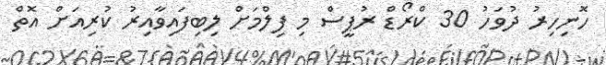
ހޮނިހިރު ދުވަހު 30 ކްރޯޑް ރުޕީސް މި ފިލްމަށް ލިބިފައިވާއިރު ކުރިއަށް އޮތް